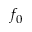
f _ { 0 }